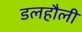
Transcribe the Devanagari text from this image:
डलहौली